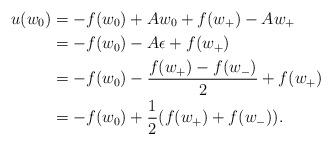
LaTeX: \begin{align*}u(w_0) &= - f(w_0) + A w_0 + f(w_+) - A w_+ \\&= - f(w_0) - A \epsilon + f(w_+) \\&= - f(w_0) - \frac{f(w_+) - f(w_-)}{2} + f(w_+) \\&= - f(w_0) + \frac{1}{2}( f(w_+) + f(w_-)). \end{align*}